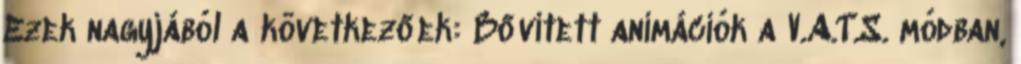
Ezek nagyjából a következőek: Bővített animációk a V.A.T.S. módban,